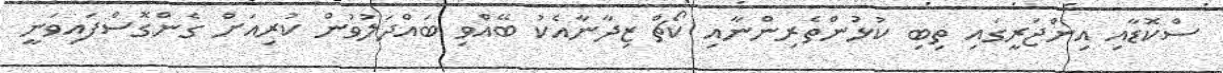
ސްކޮޑާއި އިންޖަރީގައި ތިބި ކުޅުންތެރިންނާއި ކޯޗް ޒިދާނާއެކު ބޭއްވި ބައްދަލުވުން ކުރިއަށް ގެންގޮސްފައިވަނީ